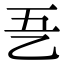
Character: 㐏